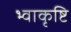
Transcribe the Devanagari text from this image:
भ्वाकृष्टि